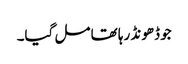
جو ڈھونڈ رہا تھا مل گیا۔